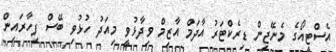
އެސްޓީއޯގެ މެނޭޖިން ޑިރެކްޓަރު އާދަމް އާޒިމް ވިދާޅުވީ މިއަދު ހުޅުވި ބޭސް ފިހާރައިން